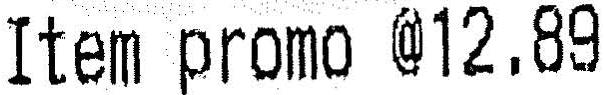
ITEM PROMO @12.89